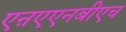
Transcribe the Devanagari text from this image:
एऩएएनबीएच